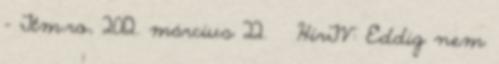
– Ttm.ro, 2012. március 22. ↑ HírTV: Eddig nem